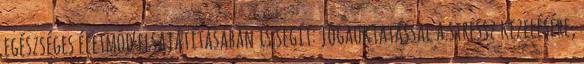
egészséges életmód elsajátításában is segít: jógaoktatással a stressz kezelésére,